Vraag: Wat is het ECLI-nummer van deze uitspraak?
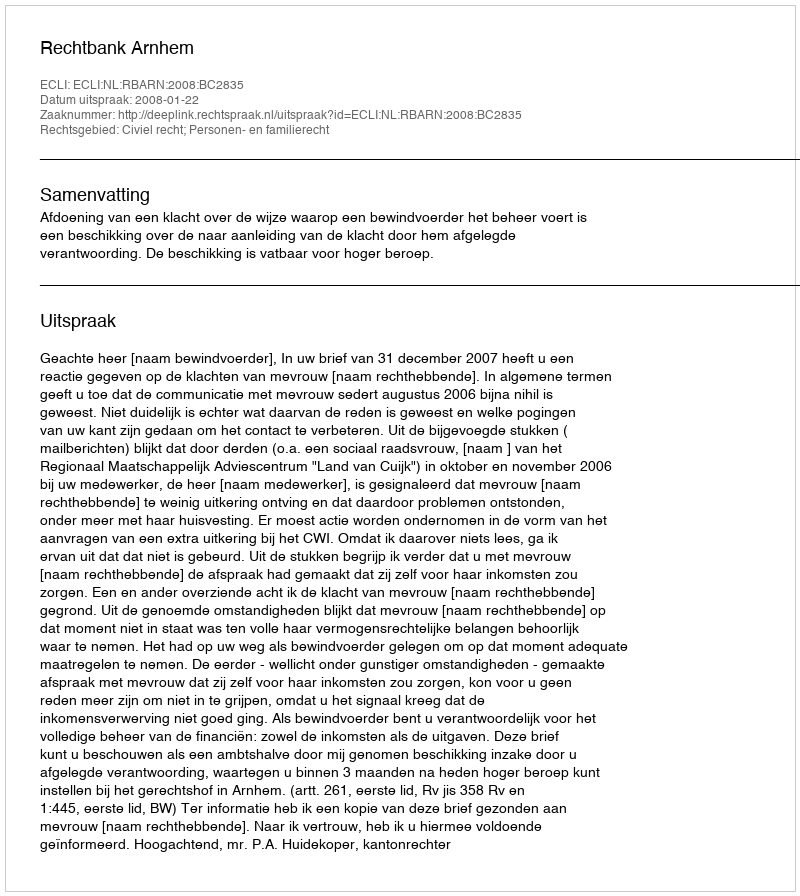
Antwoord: ECLI:NL:RBARN:2008:BC2835